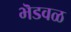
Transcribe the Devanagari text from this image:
भॆडवळ